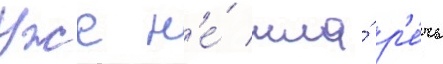
Уже н'е́ шла́ р'е́чь